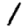
Digit: 1